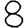
Digit: 8